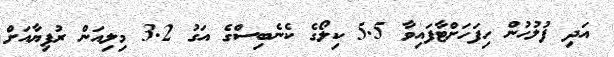
އަދި ފުލުހުން ހިފަހަށްޓާފައިވާ 5.5 ކިލޯގެ ކެނެބިސްގެ އަގު 3.2 މިލިއަން ރުފިޔާއަށް